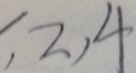
, 2 , 4